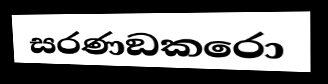
සරණඞකරො